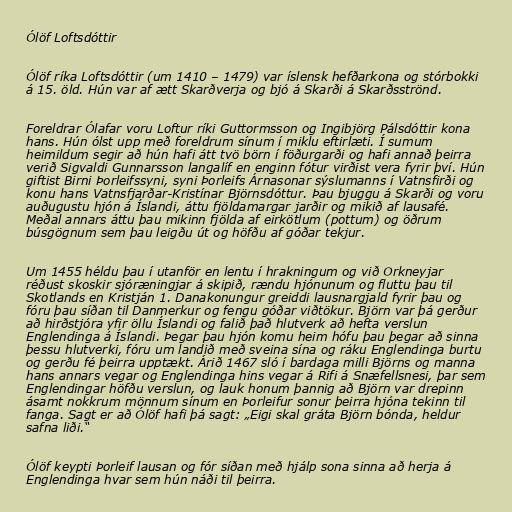
Ólöf Loftsdóttir

Ólöf ríka Loftsdóttir (um 1410 – 1479) var íslensk hefðarkona og stórbokki
á 15. öld. Hún var af ætt Skarðverja og bjó á Skarði á Skarðsströnd.

Foreldrar Ólafar voru Loftur ríki Guttormsson og Ingibjörg Pálsdóttir kona
hans. Hún ólst upp með foreldrum sínum í miklu eftirlæti. Í sumum
heimildum segir að hún hafi átt tvö börn í föðurgarði og hafi annað þeirra
verið Sigvaldi Gunnarsson langalíf en enginn fótur virðist vera fyrir því. Hún
giftist Birni Þorleifssyni, syni Þorleifs Árnasonar sýslumanns í Vatnsfirði og
konu hans Vatnsfjarðar-Kristínar Björnsdóttur. Þau bjuggu á Skarði og voru
auðugustu hjón á Íslandi, áttu fjöldamargar jarðir og mikið af lausafé.
Meðal annars áttu þau mikinn fjölda af eirkötlum (pottum) og öðrum
búsgögnum sem þau leigðu út og höfðu af góðar tekjur.

Um 1455 héldu þau í utanför en lentu í hrakningum og við Orkneyjar
réðust skoskir sjóræningjar á skipið, rændu hjónunum og fluttu þau til
Skotlands en Kristján 1. Danakonungur greiddi lausnargjald fyrir þau og
fóru þau síðan til Danmerkur og fengu góðar viðtökur. Björn var þá gerður
að hirðstjóra yfir öllu Íslandi og falið það hlutverk að hefta verslun
Englendinga á Íslandi. Þegar þau hjón komu heim hófu þau þegar að sinna
þessu hlutverki, fóru um landið með sveina sína og ráku Englendinga burtu
og gerðu fé þeirra upptækt. Árið 1467 sló í bardaga milli Björns og manna
hans annars vegar og Englendinga hins vegar á Rifi á Snæfellsnesi, þar sem
Englendingar höfðu verslun, og lauk honum þannig að Björn var drepinn
ásamt nokkrum mönnum sínum en Þorleifur sonur þeirra hjóna tekinn til
fanga. Sagt er að Ólöf hafi þá sagt: „Eigi skal gráta Björn bónda, heldur
safna liði.“

Ólöf keypti Þorleif lausan og fór síðan með hjálp sona sinna að herja á
Englendinga hvar sem hún náði til þeirra.